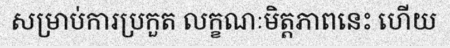
សម្រាប់ការប្រកួត លក្ខណៈមិត្តភាពនេះ ហើយ